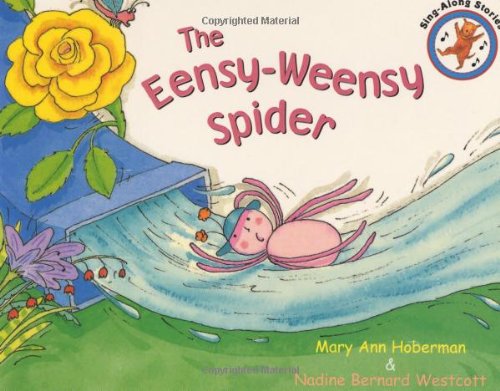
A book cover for The Eensy Weensy Spider; Mary Ann Hoberman; Humor & Entertainment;